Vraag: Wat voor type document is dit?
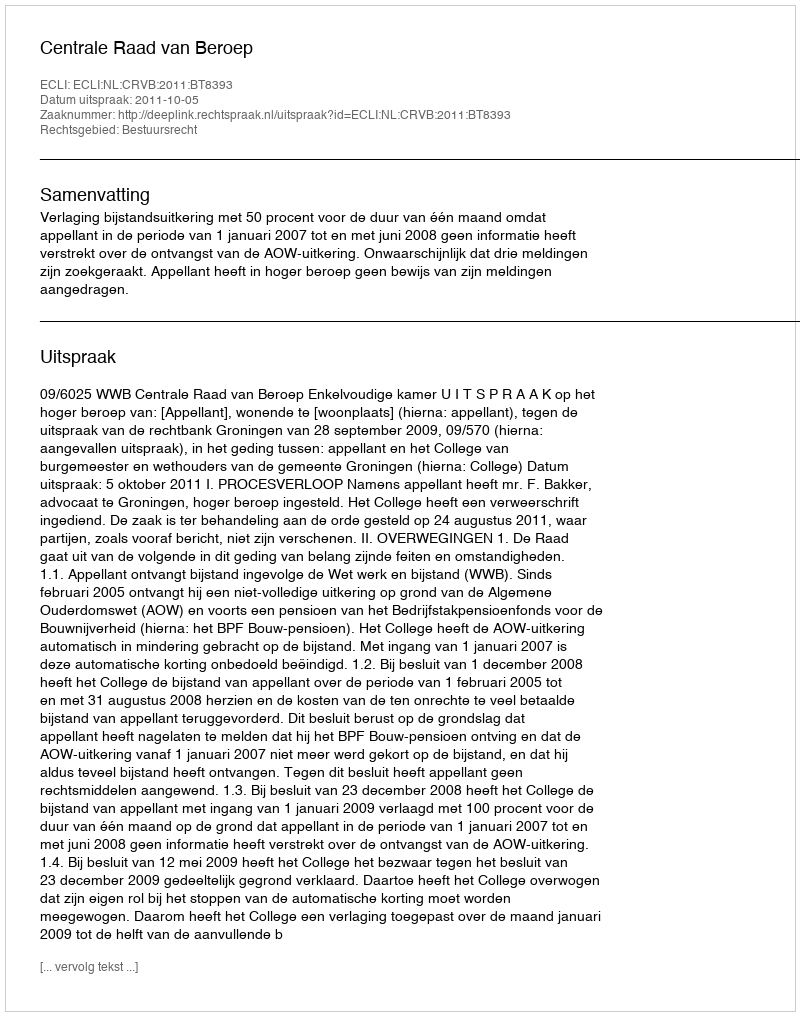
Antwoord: Uitspraak